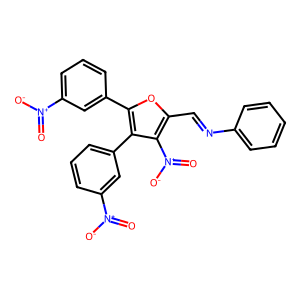
SMILES: O=[N+]([O-])c1cccc(-c2oc(C=Nc3ccccc3)c([N+](=O)[O-])c2-c2cccc([N+](=O)[O-])c2)c1
Inhibits HIV replication: No